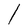
Character: l